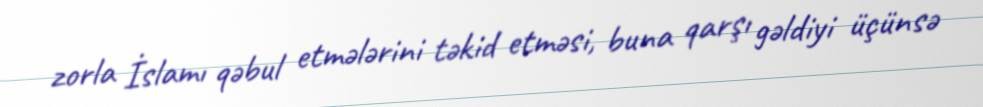
zorla İslamı qəbul etmələrini təkid etməsi, buna qarşı gəldiyi üçünsə